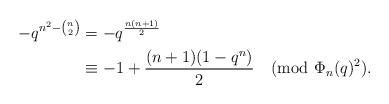
LaTeX: \begin{align*}-q^{n^2-{n\choose 2}}&=-q^{\frac{n(n+1)}{2}}\\&\equiv -1+\frac{(n+1)(1-q^n)}{2}\pmod{\Phi_n(q)^2}.\end{align*}